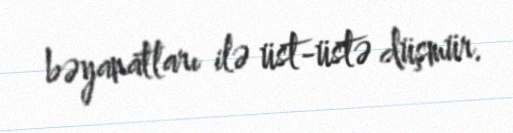
bəyanatları ilə üst-üstə düşmür.